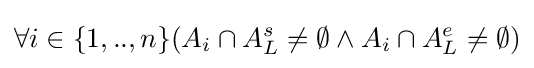
\forall i\in \{1,..,n\}(A_{i}\cap A_{L}^{s}\neq \emptyset \land A_{i}\cap A_{L}^{e}\neq \emptyset )